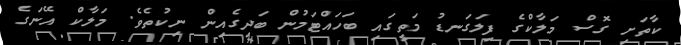
ކާތަށި ގޮސް މަލާކްގެ ފިލަގަނޑު މަތީގައި ބަހައްޓަމުން ބަދިގެއިން ނިކުތެވެ. މަލާކް އޭނަގެ